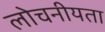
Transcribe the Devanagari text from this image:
लोचनीयता